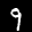
Digit: 9